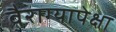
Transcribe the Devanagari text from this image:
वैराग्यापेक्षा